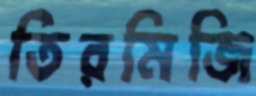
তিরমিজি